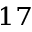
^ { 1 7 }